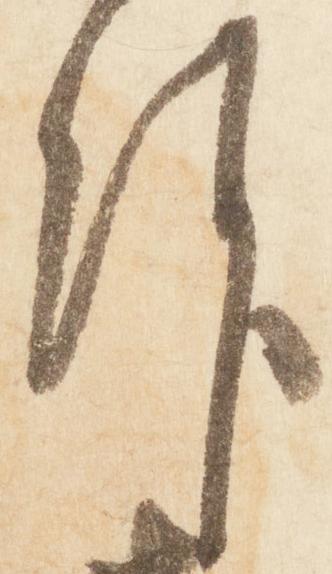
拝